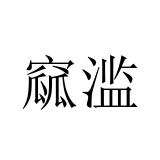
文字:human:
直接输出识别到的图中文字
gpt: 窳滥